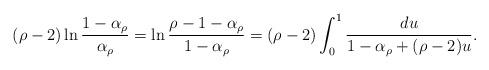
LaTeX: \begin{align*}(\rho-2)\ln{\frac{1-\alpha_\rho}{\alpha_\rho}} = \ln{\frac{\rho-1-\alpha_\rho}{1-\alpha_\rho}}= (\rho-2)\int_0^1\frac{du}{1-\alpha_\rho+(\rho-2)u}.\end{align*}